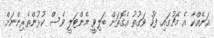
އަނެއްކާ އެ މެޗުގައި ފަހު ވަގުތު އެގޮތަށް ބަލިވީ މެންޓަލީ ވެސް ކުޅުންތެރިންނަށް